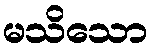
မသိသော